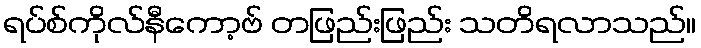
ရပ်စ်ကိုလ်နီကော့ဗ် တဖြည်းဖြည်း သတိရလာသည်။